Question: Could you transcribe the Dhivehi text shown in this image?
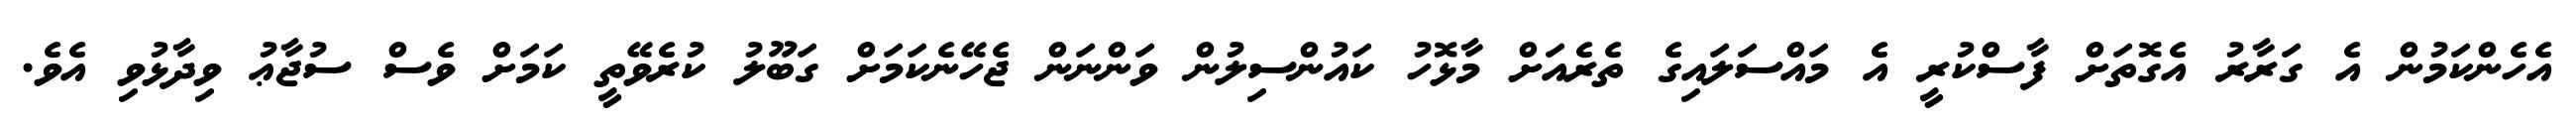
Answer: އެހެންކަމުން އެ ގަރާރު އެގޮތަށް ފާސްކުރީ އެ މައްސަލައިގެ ތެރެއަށް މާޅޮހު ކައުންސިލުން ވަންނަން ޖެހޭނެކަމަށް ގަބޫލު ކުރެވޭތީ ކަމަށް ވެސް ސުޖާޢު ވިދާޅުވި އެވެ.